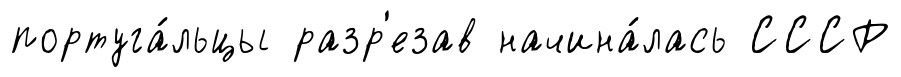
португа́льцы разр'езав начина́лась СССР